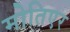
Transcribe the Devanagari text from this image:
मोतिएर